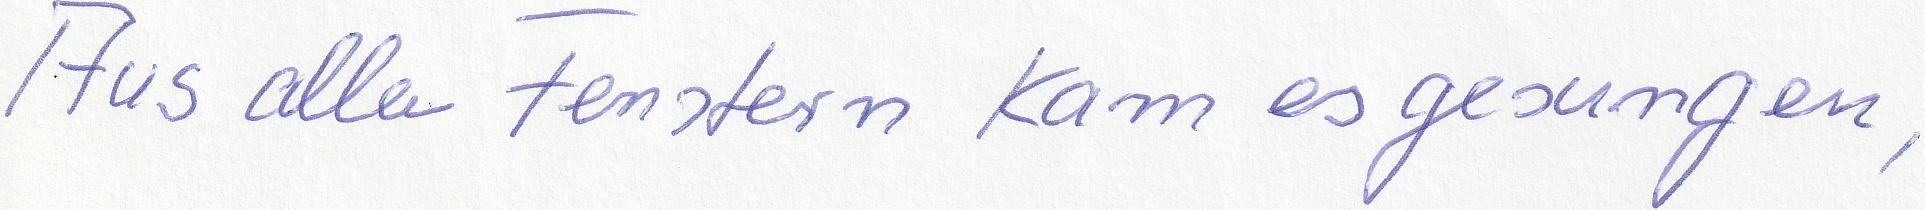
Aus allen Fenstern kam es gesungen,